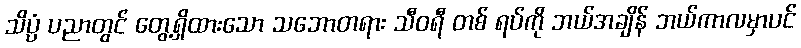
သိပ္ပံ ပညာတွင် တွေ့ရှိထားသော သဘောတရား သီဝရီ တစ် ရပ်ကို ဘယ်အချိန် ဘယ်ကာလမှာပင်